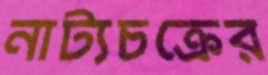
নাট্যচক্রের